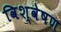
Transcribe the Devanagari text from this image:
विश्वेषण